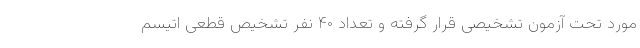
مورد تحت آزمون تشخیصی قرار گرفته و تعداد ۴۰ نفر تشخیص قطعی اتیسم